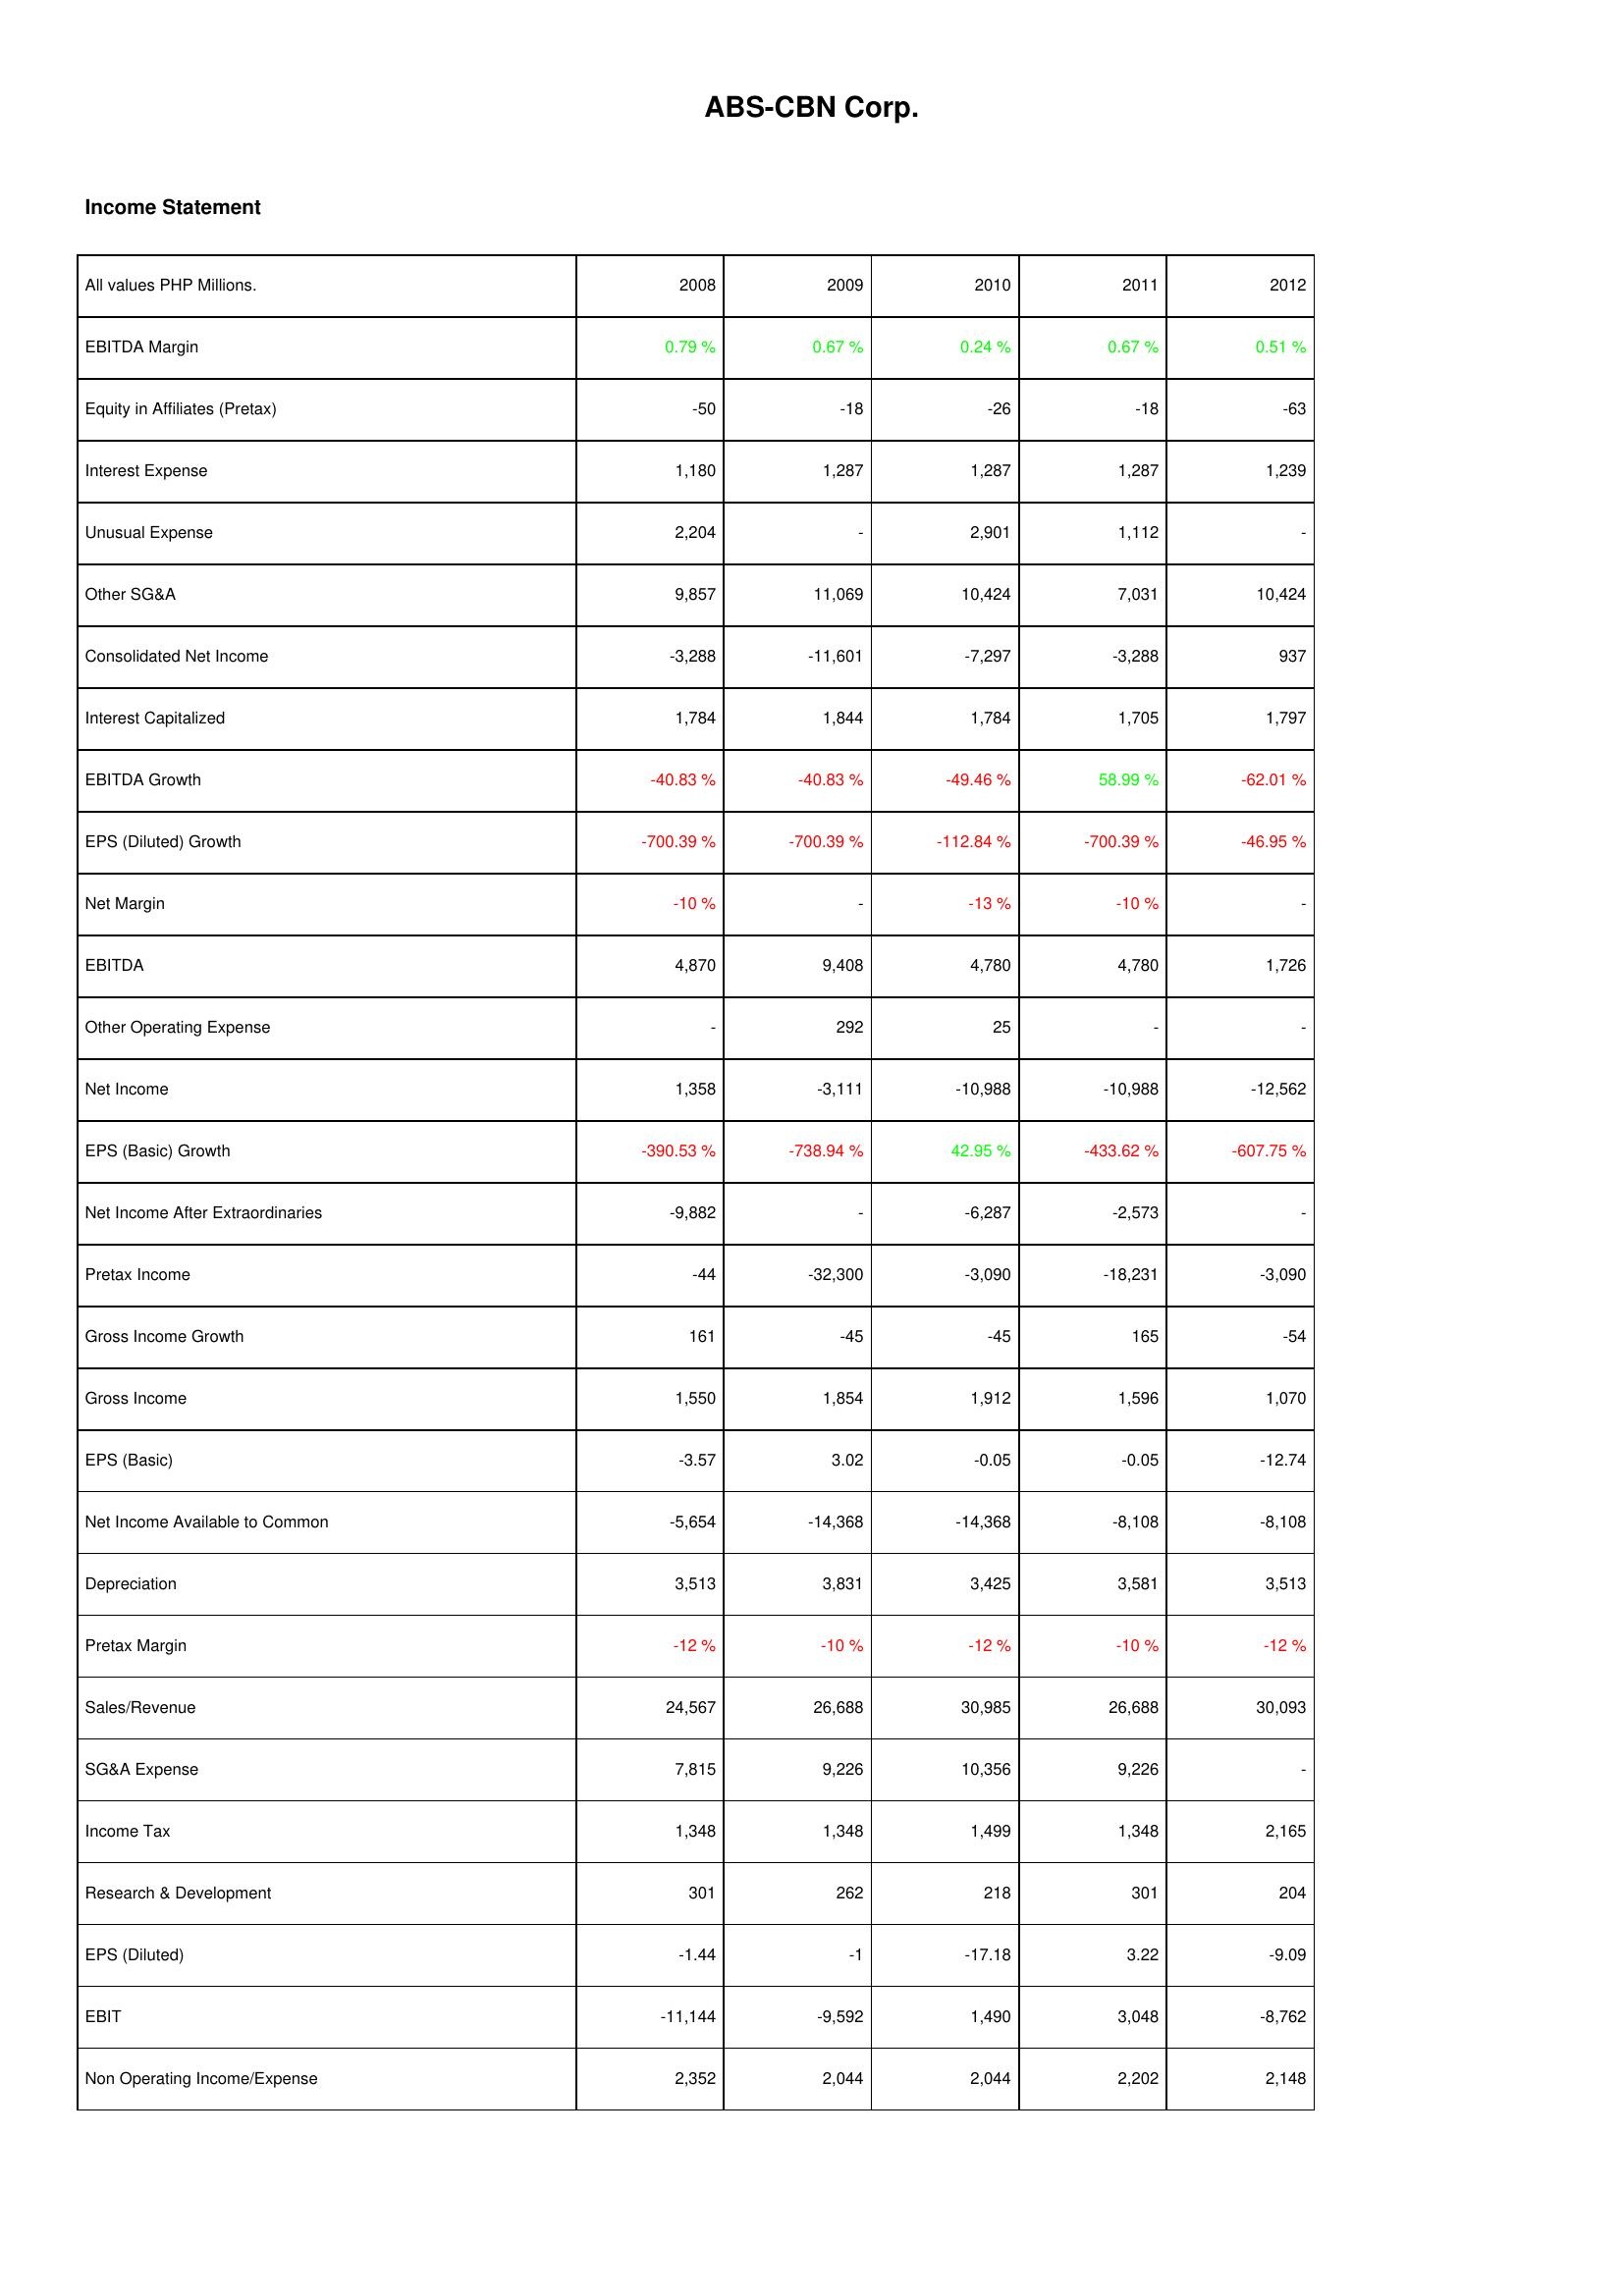
2008: Income Statement: EBITDA Margin: 0.79 %
Equity in Affiliates (Pretax): -50
Interest Expense: 1,180
Unusual Expense: 2,204
Other SG&A: 9,857
Consolidated Net Income: -3,288
Interest Capitalized: 1,784
EBITDA Growth: -40.83 %
EPS (Diluted) Growth: -700.39 %
Net Margin: -10 %
EBITDA: 4,870
Other Operating Expense: -
Net Income: 1,358
EPS (Basic) Growth: -390.53 %
Net Income After Extraordinaries: -9,882
Pretax Income: -44
Gross Income Growth: 161
Gross Income: 1,550
EPS (Basic): -3.57
Net Income Available to Common: -5,654
Depreciation: 3,513
Pretax Margin: -12 %
Sales/Revenue: 24,567
SG&A Expense: 7,815
Income Tax: 1,348
Research & Development: 301
EPS (Diluted): -1.44
EBIT: -11,144
Non Operating Income/Expense: 2,352
2009: Income Statement: EBITDA Margin: 0.67 %
Equity in Affiliates (Pretax): -18
Interest Expense: 1,287
Unusual Expense: -
Other SG&A: 11,069
Consolidated Net Income: -11,601
Interest Capitalized: 1,844
EBITDA Growth: -40.83 %
EPS (Diluted) Growth: -700.39 %
Net Margin: -
EBITDA: 9,408
Other Operating Expense: 292
Net Income: -3,111
EPS (Basic) Growth: -738.94 %
Net Income After Extraordinaries: -
Pretax Income: -32,300
Gross Income Growth: -45
Gross Income: 1,854
EPS (Basic): 3.02
Net Income Available to Common: -14,368
Depreciation: 3,831
Pretax Margin: -10 %
Sales/Revenue: 26,688
SG&A Expense: 9,226
Income Tax: 1,348
Research & Development: 262
EPS (Diluted): -1
EBIT: -9,592
Non Operating Income/Expense: 2,044
2010: Income Statement: EBITDA Margin: 0.24 %
Equity in Affiliates (Pretax): -26
Interest Expense: 1,287
Unusual Expense: 2,901
Other SG&A: 10,424
Consolidated Net Income: -7,297
Interest Capitalized: 1,784
EBITDA Growth: -49.46 %
EPS (Diluted) Growth: -112.84 %
Net Margin: -13 %
EBITDA: 4,780
Other Operating Expense: 25
Net Income: -10,988
EPS (Basic) Growth: 42.95 %
Net Income After Extraordinaries: -6,287
Pretax Income: -3,090
Gross Income Growth: -45
Gross Income: 1,912
EPS (Basic): -0.05
Net Income Available to Common: -14,368
Depreciation: 3,425
Pretax Margin: -12 %
Sales/Revenue: 30,985
SG&A Expense: 10,356
Income Tax: 1,499
Research & Development: 218
EPS (Diluted): -17.18
EBIT: 1,490
Non Operating Income/Expense: 2,044
2011: Income Statement: EBITDA Margin: 0.67 %
Equity in Affiliates (Pretax): -18
Interest Expense: 1,287
Unusual Expense: 1,112
Other SG&A: 7,031
Consolidated Net Income: -3,288
Interest Capitalized: 1,705
EBITDA Growth: 58.99 %
EPS (Diluted) Growth: -700.39 %
Net Margin: -10 %
EBITDA: 4,780
Other Operating Expense: -
Net Income: -10,988
EPS (Basic) Growth: -433.62 %
Net Income After Extraordinaries: -2,573
Pretax Income: -18,231
Gross Income Growth: 165
Gross Income: 1,596
EPS (Basic): -0.05
Net Income Available to Common: -8,108
Depreciation: 3,581
Pretax Margin: -10 %
Sales/Revenue: 26,688
SG&A Expense: 9,226
Income Tax: 1,348
Research & Development: 301
EPS (Diluted): 3.22
EBIT: 3,048
Non Operating Income/Expense: 2,202
2012: Income Statement: EBITDA Margin: 0.51 %
Equity in Affiliates (Pretax): -63
Interest Expense: 1,239
Unusual Expense: -
Other SG&A: 10,424
Consolidated Net Income: 937
Interest Capitalized: 1,797
EBITDA Growth: -62.01 %
EPS (Diluted) Growth: -46.95 %
Net Margin: -
EBITDA: 1,726
Other Operating Expense: -
Net Income: -12,562
EPS (Basic) Growth: -607.75 %
Net Income After Extraordinaries: -
Pretax Income: -3,090
Gross Income Growth: -54
Gross Income: 1,070
EPS (Basic): -12.74
Net Income Available to Common: -8,108
Depreciation: 3,513
Pretax Margin: -12 %
Sales/Revenue: 30,093
SG&A Expense: -
Income Tax: 2,165
Research & Development: 204
EPS (Diluted): -9.09
EBIT: -8,762
Non Operating Income/Expense: 2,148